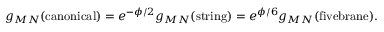
{ g _ { M N } ( \mathrm { c a n o n i c a l } ) = e ^ { - \phi / 2 } g _ { M N } ( \mathrm { s t r i n g } ) = e ^ { \phi / 6 } g _ { M N } ( \mathrm { f i v e b r a n e } ) . }